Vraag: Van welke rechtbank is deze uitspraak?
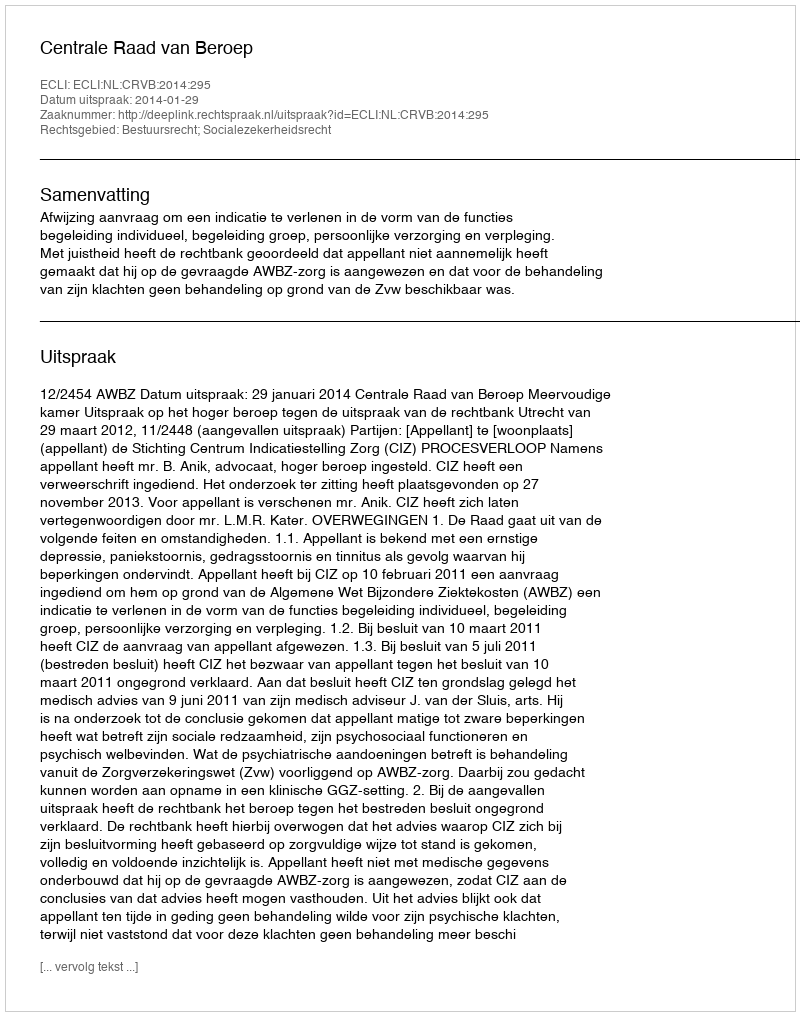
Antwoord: Centrale Raad van Beroep